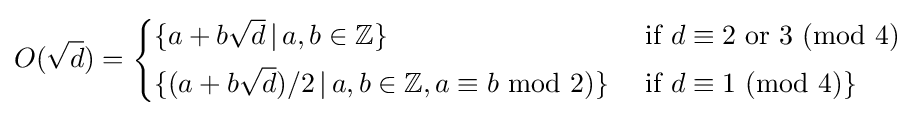
O({\sqrt {d}})={\begin{cases}\{a+b{\sqrt {d}}\,|\,a,b\in \mathbb {Z} \}&{\text{ if }}d\equiv 2{\text{ or }}3\,\,(\mathrm {mod} \,\,4)\\[1mm]\{(a+b{\sqrt {d}})/2\,|\,a,b\in \mathbb {Z} ,a\equiv b\,\,\mathrm {mod} \,\,2)\}&{\text{ if }}d\equiv 1\,\,(\mathrm {mod} \,\,4)\}\end{cases}}